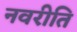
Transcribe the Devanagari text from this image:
नवरीति